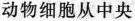
动物细胞从中央